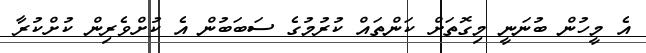
އެ މީހުން ބުނަނީ މިގޮތަށް ކަންތައް ކުުރުމުގެ ސަބަބުން އެ ކުށްވެރިން ކުށްކުރާ